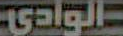
الوادي